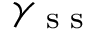
\gamma _ { \textrm { s s } }